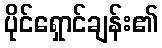
ပိုင်ရှောင်ချန်း၏